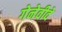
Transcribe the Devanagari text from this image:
गेनेवीवे